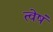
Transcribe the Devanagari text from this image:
त्वेषं